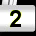
Digit: 2